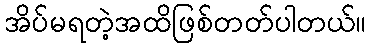
အိပ်မရတဲ့အထိဖြစ်တတ်ပါတယ်။